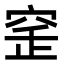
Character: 𥥲